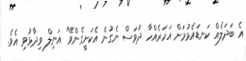
އެ ބަދަލެއް ކަނޑައެޅުމަށް އަހަރެއްހާ ދުވަސް ނެގުން އެކަށީގެންވޭ" އަނިލް ވިދާޅުވި އެވެ.